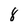
Character: 8